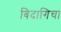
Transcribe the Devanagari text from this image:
बिदागिचा